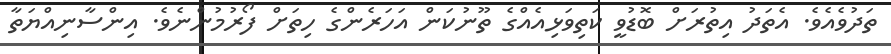
ތަދުވެއެވެ. އެތަދު އިތުރަށް ބޮޑުވީ ކަތިވަޅިއެއްގެ ތޫނުކަން އަހަރެންގެ ހިތަށް ފޯރުމުންނެވެ. އިންސާނިއްޔަތާ